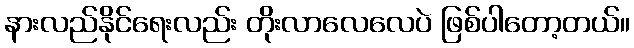
နားလည်နိုင်ရေးလည်း တိုးလာလေလေပဲ ဖြစ်ပါတော့တယ်။